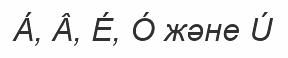
Á, Â, É, Ó және Ú